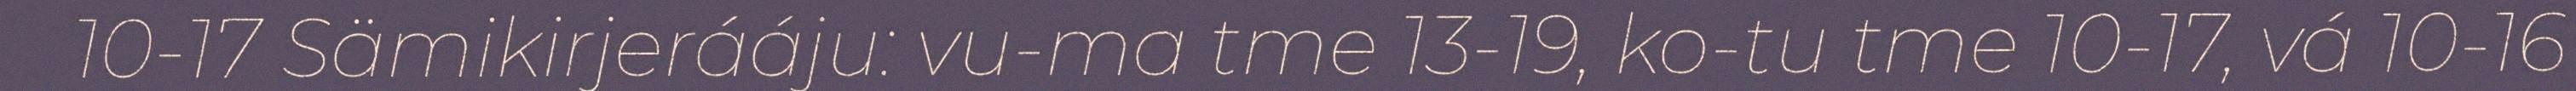
10-17 Sämikirjerááju: vu-ma tme 13-19, ko-tu tme 10-17, vá 10-16